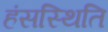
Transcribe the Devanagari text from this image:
हंसस्थिति